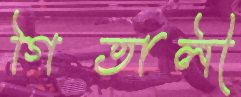
গিতালী